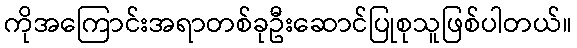
ကိုအကြောင်းအရာတစ်ခုဦးဆောင်ပြုစုသူဖြစ်ပါတယ်။